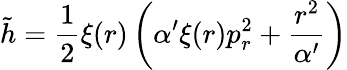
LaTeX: {\tilde{h}}=\frac{1}{2}\xi(r)\left(\alpha^{\prime}\xi(r)p_{r}^{2}+\frac{r^{2}}{\alpha^{\prime}}\right)